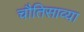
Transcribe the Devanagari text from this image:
चौतिसाव्या